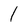
Character: 1